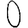
Digit: 0